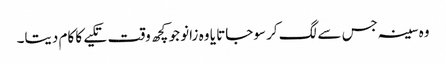
وہ سینہ جس سے لگ کر سوجاتا یا وہ زانو جو کچھ وقت تکیے کا کام دیتا۔